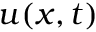
u ( x , t )